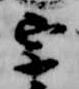
宗